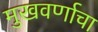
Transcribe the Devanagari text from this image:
मुखवर्णाचा